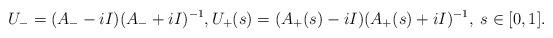
LaTeX: \begin{align*}U_- = (A_- - i I)(A_- + i I)^{-1}, U_+(s) = (A_+(s) - i I)(A_+(s) + i I)^{-1}, \; s \in [0,1].\end{align*}